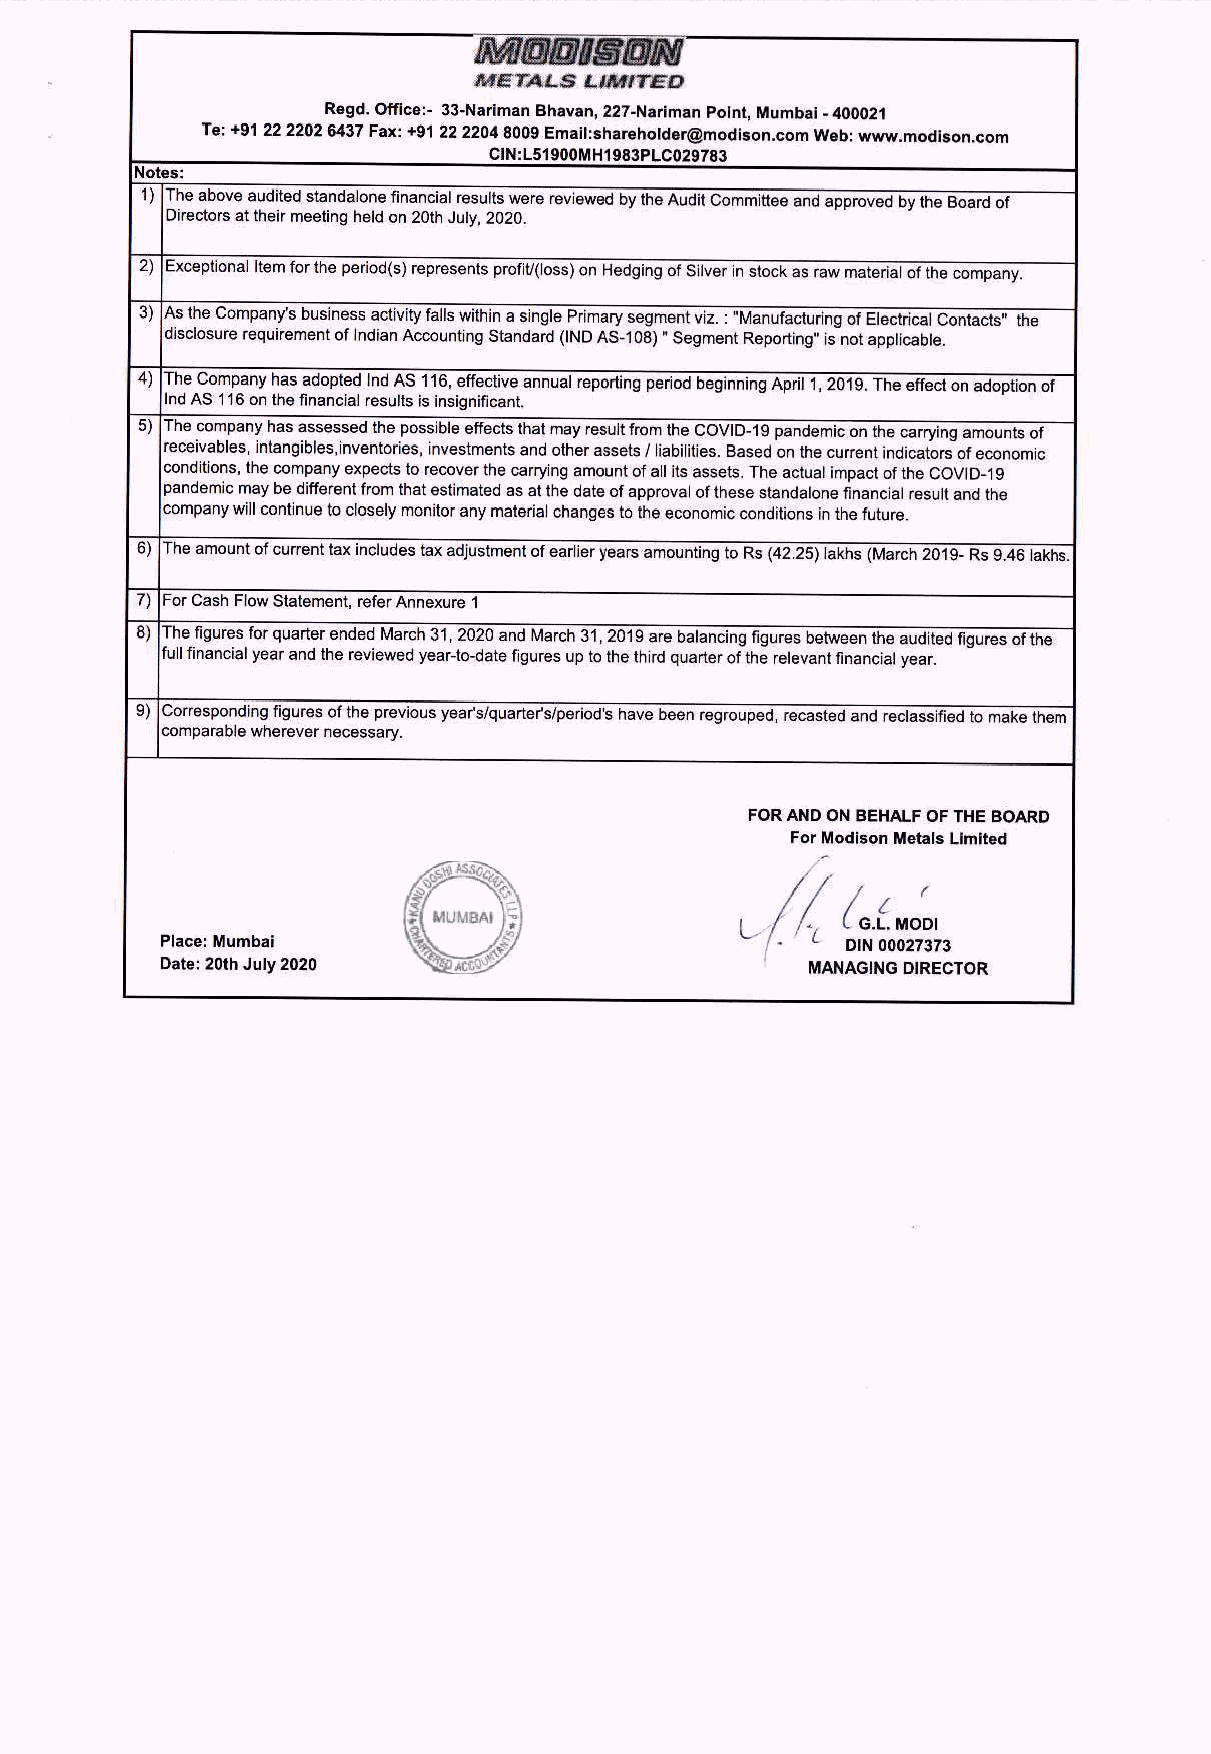
METALS  LIMITED
 Regd. Office:- 33-Nariman Bhavan, 227-Nariman Point, Mumbai - 400021
 Te: +91 22 2202 6437 Fax: +91 22 2204 8009 Email:shareholder@modison.com Web: www.modison.com
 CIN:L51900MH1983PLC029783
 Notes:
 ) |The above audited standalone financial results were reviewed by the Audit Committee and approved by the Board of
 Directors at their meeting held on 20th July, 2020.
 2) Exceptional Item for the period(s) represents profit(loss) on Hedging of Silver in stock as raw material of the company.
 As the Company's business activity falls within a single Primar y segment viz. : “Manufacturing of Electrical Contacts" the disclosure requirement of Indian Accounting Standard (IND AS-108) " Segment Reporting’ is not applicable.
 4) |The Company has adopted Ind AS 116, effective annual repo rting period beginning April 1, 2019. The effect on adoption of
 Ind AS 116 on the financial results is insignificant.
 5 The company has assessed the possible effects that may res ult from the COVID-19 pandemic on the carrying amounts oF
 receivables, intangibles, inventories, investments and other assets / liabilities. Based on the current indicators of economic
 conditions, the company expects to recover the carrying amount of all its assets. The actual impact of the COVID-19
 pandemic may be different from that estimated as at the date of approval of these standalone financial result and the
 |company will continue to closely monitor any material changes to the economic conditions in the future.
 6) ‘The amount of current tax includes tax adjustment of earlier y ears amounting to Rs (42.25) lakhs (March 2019- Rs 9.46 lakhs.
 a For Cash Flow Statement, refer Annexure 1
 8) The figures for quarter ended March 31, 2020 and March 31, 2019 are balancing figures between the audited figures of the
 full financial year and the reviewed year-to-date figures up to the third quarter of the relevant financial year.
 9) Corresponding figures of the previous year's/quarters/period’s have been regrouped, recasted and reclassified to make them
 comparable wherever necessary.
 FOR AND ON BEHALF OF THE BOARD.
 For Modison Metals Limited
 SH     bau
 Place: Mumbai                                DIN 00027373
 Date: 20th July 2020                      MANAGING DIRECTOR
 2